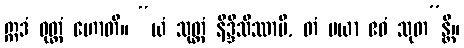
ဣဒံ ဝုတ္တံ ဟောတိ။ “ယံ သုတ္တံ နိဒ္ဒိသိဿာမိ, တံ မယာ ဧဝံ သုတ”န္တိ။